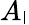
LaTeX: A_{\mathsf{l}}